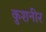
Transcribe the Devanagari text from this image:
कुशनीर